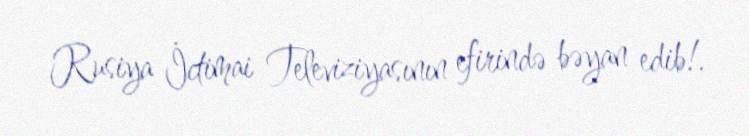
Rusiya İctimai Televiziyasının efirində bəyan edib!.